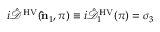
i \hat { \mathcal { D } } ^ { \mathrm { H V } } ( { \bf \hat { n } } _ { 1 } , \pi ) \equiv i \hat { \mathcal { D } } _ { 1 } ^ { \mathrm { H V } } ( \pi ) = \sigma _ { 3 }